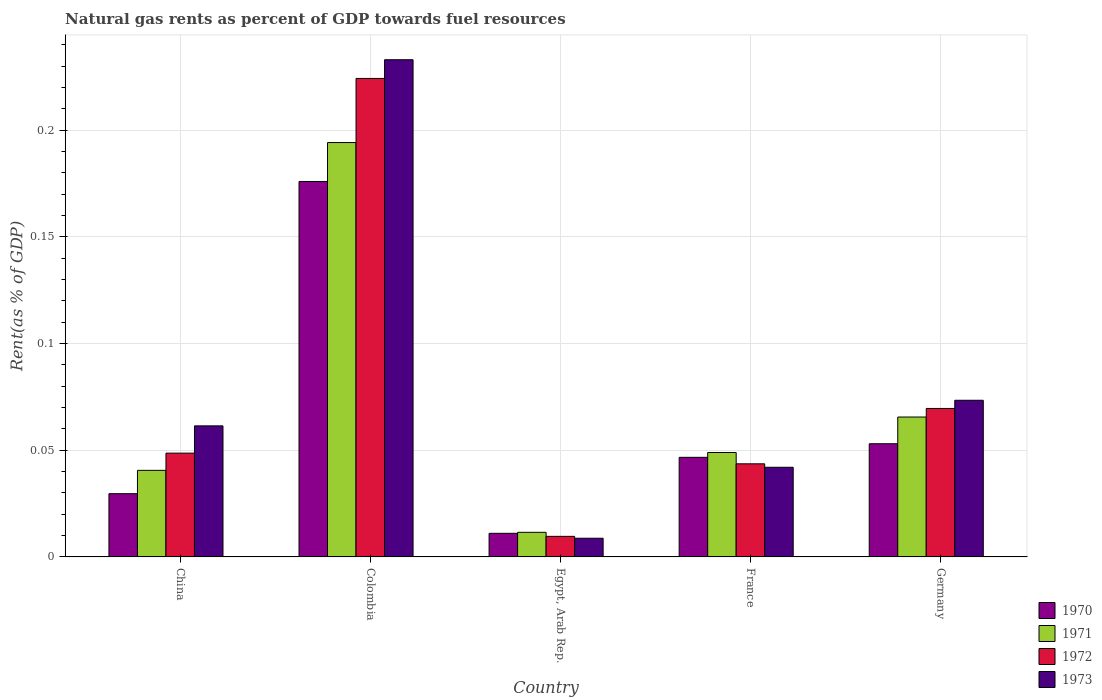
| Country | 1970 | 1971 | 1972 | 1973 |
 | --- | --- | --- | --- | --- |
 | China | 0.0296 | 0.0406 | 0.0486 | 0.0614 |
 | Colombia | 0.176 | 0.194 | 0.224 | 0.233 |
 | Egypt, Arab Rep. | 0.0111 | 0.0115 | 0.00964 | 0.00876 |
 | France | 0.0467 | 0.0489 | 0.0436 | 0.042 |
 | Germany | 0.053 | 0.0656 | 0.0696 | 0.0734 |